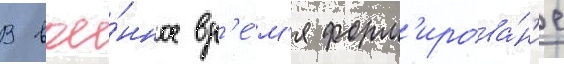
В вое́нное вр'е́м'я форм'ирова́н'ие